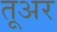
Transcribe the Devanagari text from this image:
तूअर